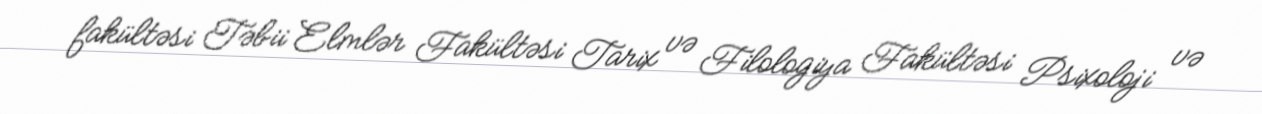
fakültəsi Təbii Elmlər Fakültəsi Tarix və Filologiya Fakültəsi Psixoloji və